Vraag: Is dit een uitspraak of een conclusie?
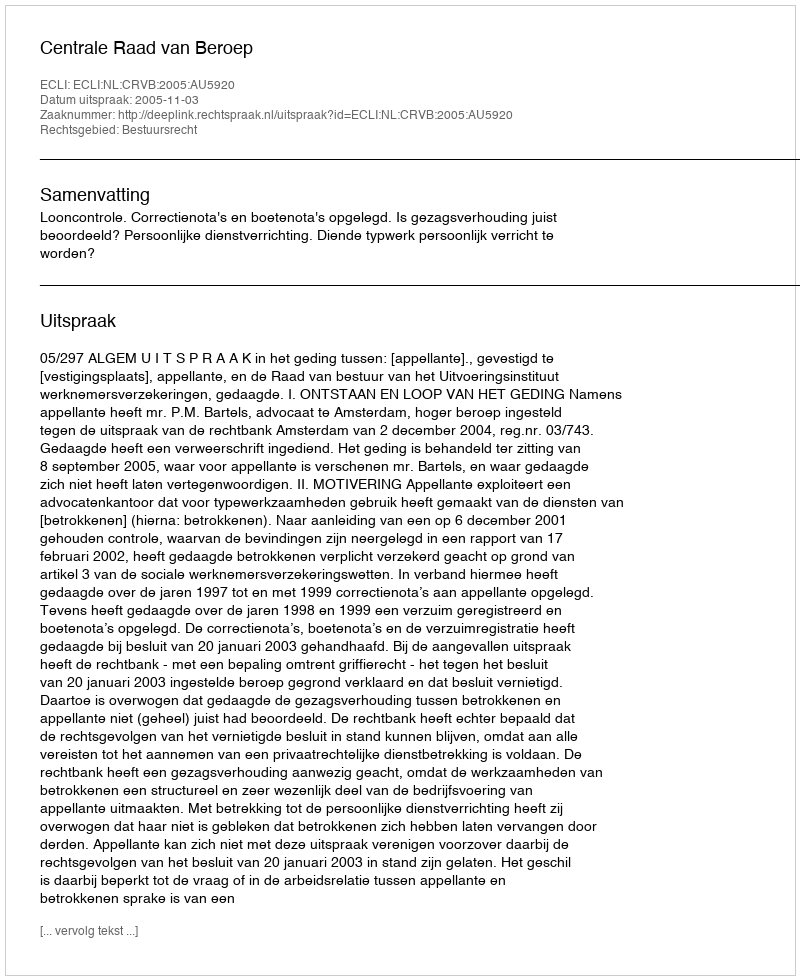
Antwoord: Uitspraak